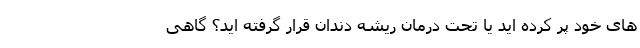
های خود پر کرده اید یا تحت درمان ریشه دندان قرار گرفته اید؟ گاهی